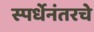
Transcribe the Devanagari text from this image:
स्पर्धेनंतरचे